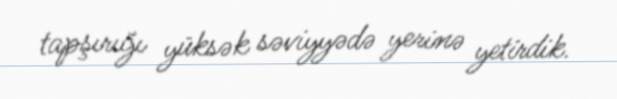
tapşırığı yüksək səviyyədə yerinə yetirdik.